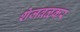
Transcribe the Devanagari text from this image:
शेजवळकर